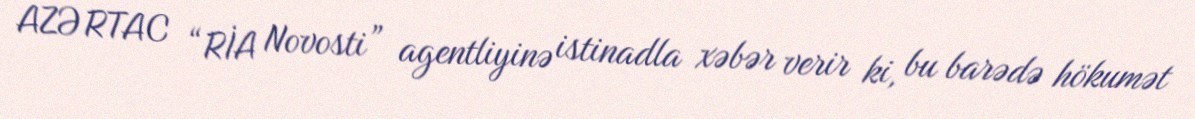
AZƏRTAC “RİA Novosti” agentliyinə istinadla xəbər verir ki, bu barədə hökumət